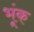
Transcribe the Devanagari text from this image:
भूंक